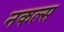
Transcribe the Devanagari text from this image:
नकल्स